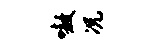
嗷况